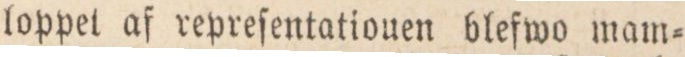
loppel af repreſentationen blefwo mam=